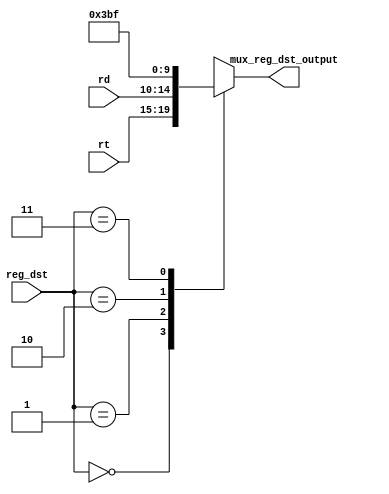
module MuxRegDst (
  input  wire [1:0] reg_dst,
  input  wire [4:0] rt,
  input  wire [4:0] rd,
  output  reg [4:0] mux_reg_dst_output
);

always @(*) begin
  case (reg_dst)
    0: mux_reg_dst_output = rt;
    1: mux_reg_dst_output = rd;
    2: mux_reg_dst_output = 5'd29;
    3: mux_reg_dst_output = 5'd31;
  endcase
end

endmodule